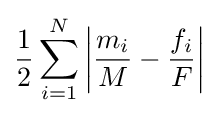
{\frac {1}{2}}\sum _{i=1}^{N}\left|{\frac {m_{i}}{M}}-{\frac {f_{i}}{F}}\right|